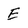
Character: E